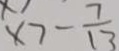
x > - \frac { 7 } { 1 3 }